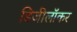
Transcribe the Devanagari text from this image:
डिजीलॉकर